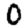
Digit: 0